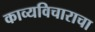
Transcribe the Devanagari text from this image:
काव्यविचाराचा